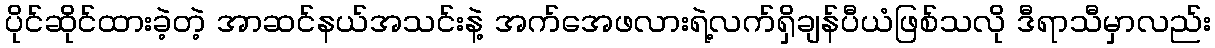
ပိုင်ဆိုင်ထားခဲ့တဲ့ အာဆင်နယ်အသင်းနဲ့ အက်အေဖလားရဲ့လက်ရှိချန်ပီယံဖြစ်သလို ဒီရာသီမှာလည်း